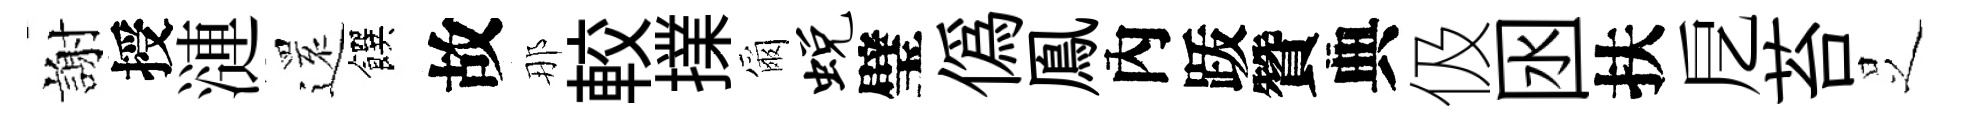
謝授漣𮟃饌故那較擈爾蜕璧偽鳯內䟦贊典伋囦扶戹苔𠯁